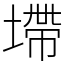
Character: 墆